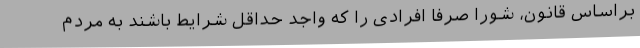
براساس قانون، شورا صرفا افرادی را که واجد حداقل شرایط باشند به مردم